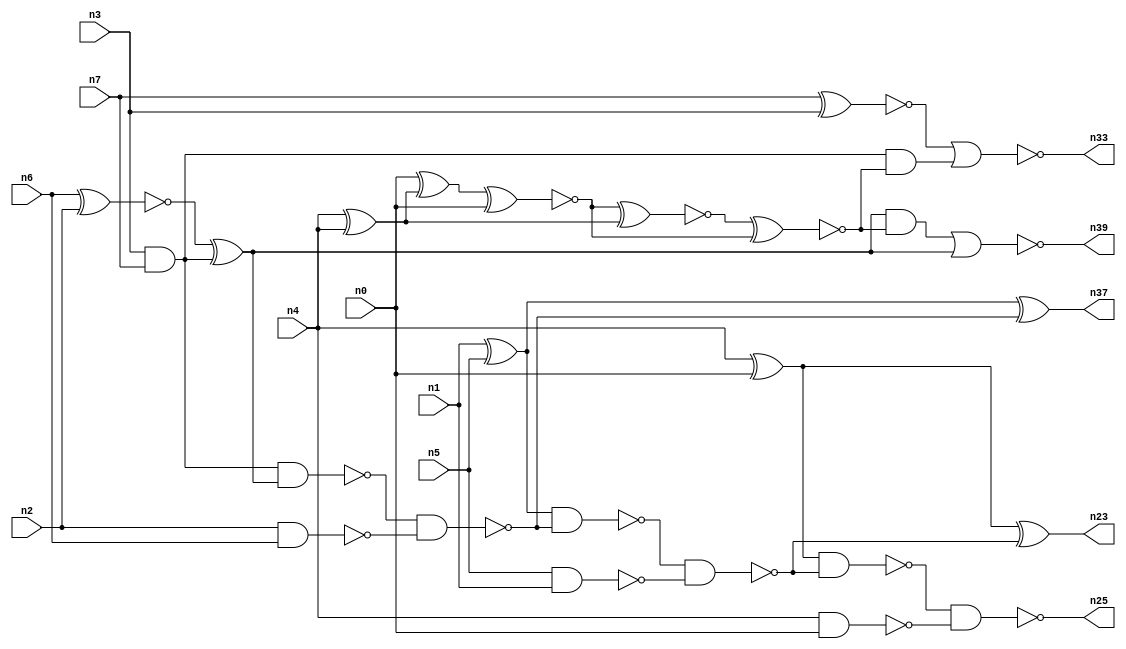
// This program was cloned from: https://github.com/umar-afzaal/ReCkt
// License: MIT License

// This file contains a pareto-optimal circuit with respect to pdp and the fault-resilince parameter p_fault which is defined as:
// "For all input vectors, the ratio of the no. of faults observable at the POs to the no. of total possible faults in the circuit".
// This code is part of the ReCkt library (https://github.com/umar-afzaal/ReCkt) distributed under The MIT License.
// When used, please cite the following article(s):
// U. Afzaal, A.S. Hassan, M. Usman and J.A. Lee, "On the Evolutionary Synthesis of Increased Fault-resilience Arithmetic Circuits".

// p_fault = 72.6 %    (Lower is better)
// gates = 28.0
// levels = 8
// area = 38.95    (For MCNC library relative to nand2)
// power = 140.2 uW    (Berkely-SIS for MCNC library @ Vdd=5V and 20 MHz clock)
// delay = 13.4 ns    (Berkely-ABC for MCNC library)
// PDP = 1.87868e-12 J

// Pin mapping:
// {n0, n1, n2, n3} = A[3:0]
// {n4, n5, n6, n7} = B[3:0]
// {n25, n23, n37, n39, n33} = O[4:0]

module addr4u_pdp_14 (
n0, n1, n2, n3, n4, n5, n6, n7, 
n25, n23, n37, n39, n33
);

input n0, n1, n2, n3, n4, n5, n6, n7;
output n25, n23, n37, n39, n33;
wire n29, n38, n13, n18, n24, n20, n9, n14, n16, n8, n22, n15, n10, n31, n26, n19, n21, n36, n27, n11, 
n28, n12, n17;

and (n8, n3, n7);
xnor (n9, n6, n2);
xor (n10, n1, n5);
nand (n11, n5, n1);
nand (n12, n4, n0);
nand (n13, n2, n6);
xnor (n14, n7, n3);
xor (n15, n4, n0);
xor (n16, n9, n8);
nand (n17, n8, n16);
xor (n18, n4, n4);
nand (n19, n17, n13);
nand (n20, n10, n19);
xnor (n21, n10, n19);
nand (n22, n20, n11);
xor (n23, n15, n22);
nand (n24, n15, n22);
nand (n25, n24, n12);
xor (n26, n0, n18);
xnor (n27, n26, n0);
xnor (n28, n27, n18);
xnor (n29, n28, n27);
and (n31, n8, n29);
nor (n33, n14, n31);
not (n36, n21);
and (n37, n36, n36);
and (n38, n16, n29);
nor (n39, n38, n16);

endmodule